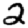
Digit: 2